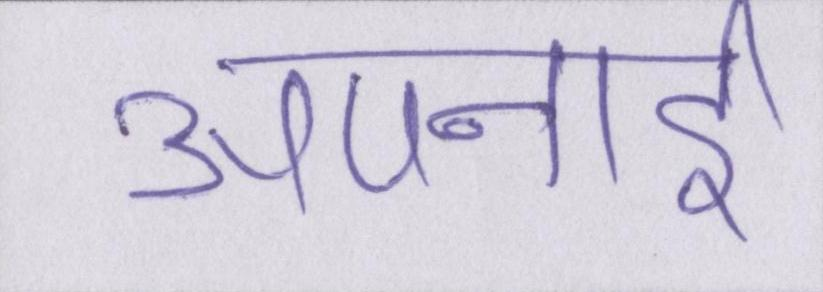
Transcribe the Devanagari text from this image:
अपनाई